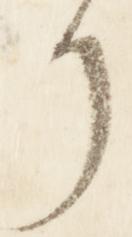
了